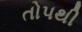
તોપથી